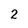
Character: 2